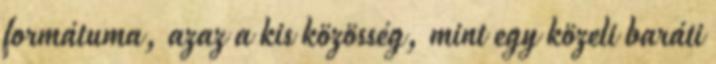
formátuma, azaz a kis közösség, mint egy közeli baráti